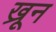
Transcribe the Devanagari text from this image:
ख्रून